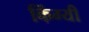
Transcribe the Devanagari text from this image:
किंग्यी